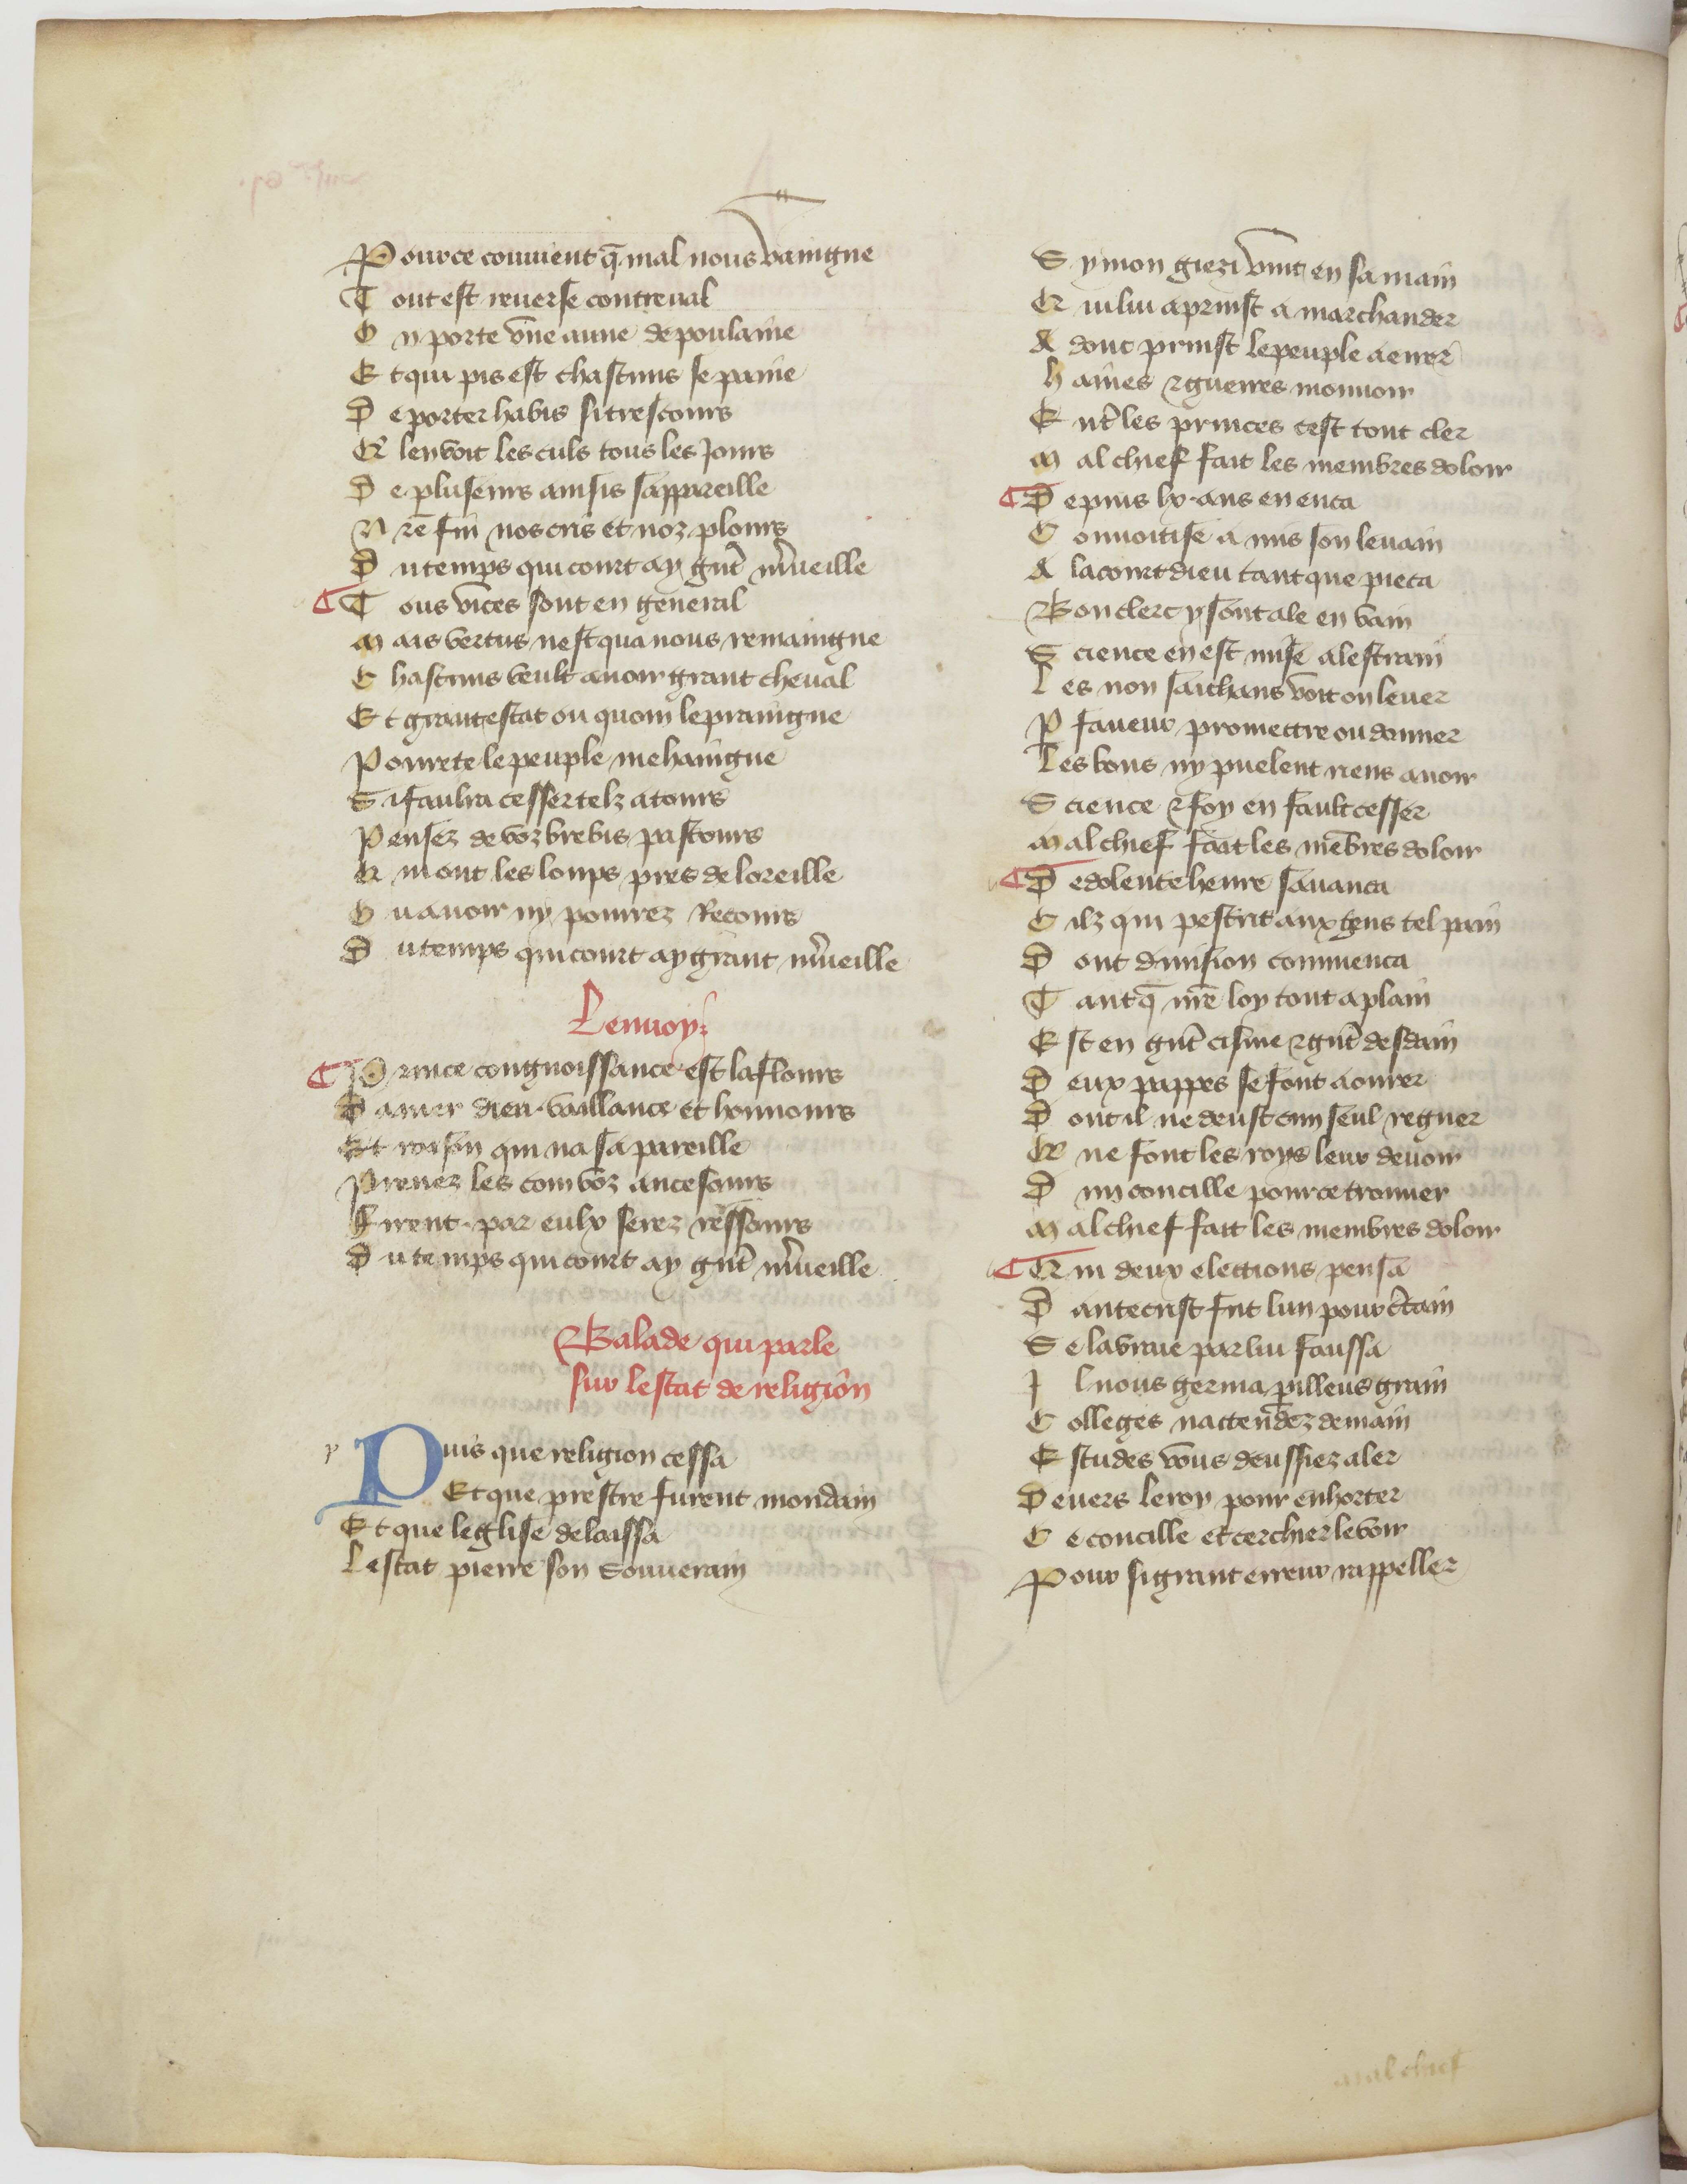
Shelfmark: Paris, BnF, fr. 840
Century: 14